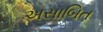
અસાબિત